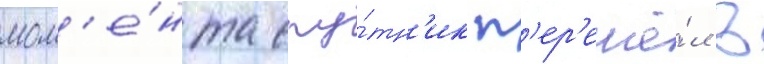
мом'е́нта спу́тн'ик п'ер'ешё́л в